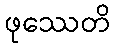
ဖုဿေတိ